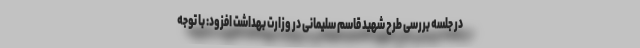
در جلسه بررسی طرح شهید قاسم سلیمانی در وزارت بهداشت افزود: با توجه